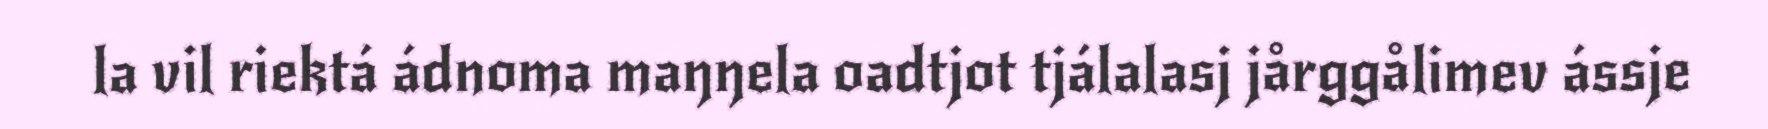
la vil riektá ádnoma maŋŋela oadtjot tjálalasj jårggålimev ássje